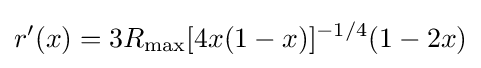
r'(x)=3R_{\text{max}}[4x(1-x)]^{-1/4}(1-2x)